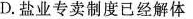
D. 盐业专卖制度已经解体